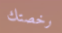
رخصتك